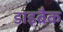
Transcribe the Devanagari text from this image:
डाइबैक